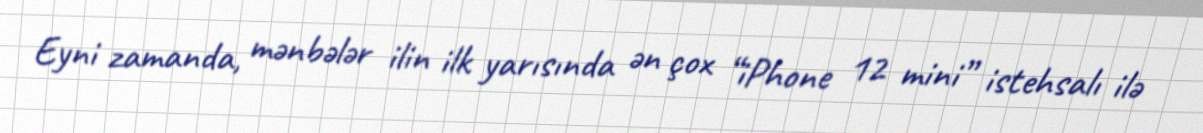
Eyni zamanda, mənbələr ilin ilk yarısında ən çox “iPhone 12 mini” istehsalı ilə